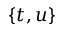
\left\{ t , u \right\}